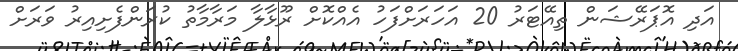
އަދި އޮޕަރޭޝަން ތިއޭޓަރު 20 އަހަރަށްފަހު އެއްކޮށް ރޫޅާލާ މަރާމާތު ކުރަންފެށިއިރު ވަރަށް